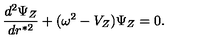
{ \frac { d ^ { 2 } \Psi _ { Z } } { d r ^ { * 2 } } } + ( \omega ^ { 2 } - V _ { Z } ) \Psi _ { Z } = 0 .